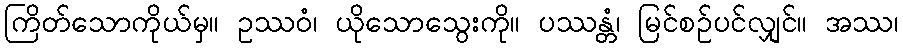
ကြိတ်သောကိုယ်မှ။ ဥဿဝံ၊ ယိုသောသွေးကို။ ပဿန္တံ၊ မြင်စဉ်ပင်လျှင်။ အဿ၊